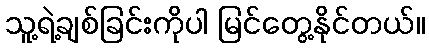
သူ့ရဲ့ချစ်ခြင်းကိုပါ မြင်တွေ့နိုင်တယ်။